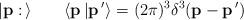
LaTeX: \begin{align*}\vert {\bf p}: \, \rangle \qquad \langle {\bf p} \, \vert {\bf p}\,'\rangle = (2\pi)^3\delta^3 ({\bf p} - {\bf p}\,' ) \end{align*}